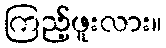
ကြည့်ဖူးလား။